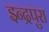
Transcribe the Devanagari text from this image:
इन्द्रपुरा